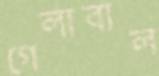
গেলাবাল